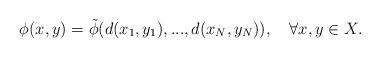
LaTeX: \begin{align*}\phi(x,y)=\tilde{\phi}(d(x_1,y_1),...,d(x_N,y_N)),\quad\forall x,y\in X.\end{align*}